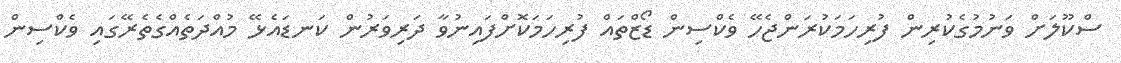
ސްކޫލަށް ވަނުމުގެކުރިން ފުރިހަމަކުރަންޖެހޭ ވެކްސިން ޑޯޒްތައް ފުރިހަމަކޮށްފައިނުވާ ދަރިވަރުން ކަނޑައެޅޭ މުއްދަތެއްގެތެރޭގައި ވެކްސިން